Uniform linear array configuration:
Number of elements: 64
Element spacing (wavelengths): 0.25
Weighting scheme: exponential
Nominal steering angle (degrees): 60
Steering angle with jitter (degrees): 61.338
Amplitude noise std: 0.05
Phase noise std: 0.05

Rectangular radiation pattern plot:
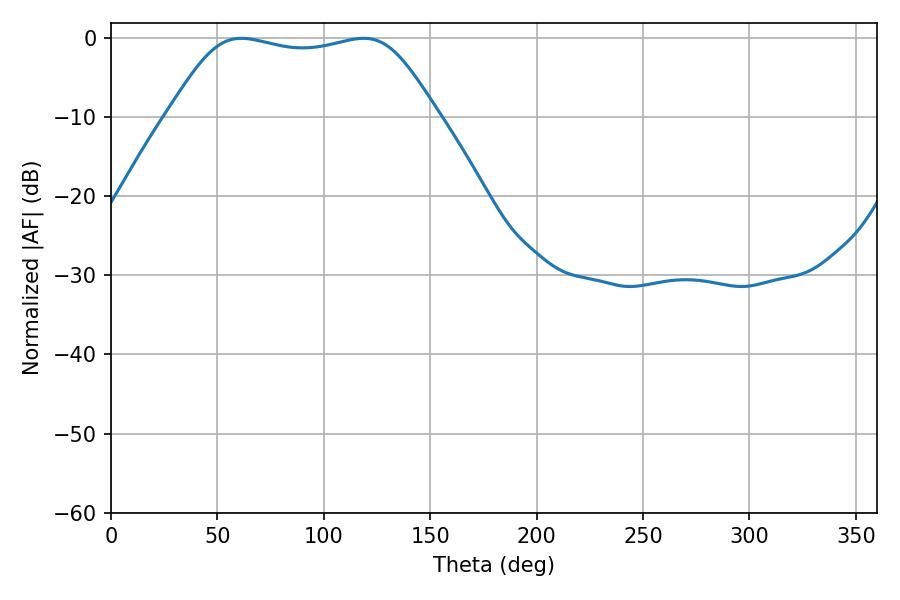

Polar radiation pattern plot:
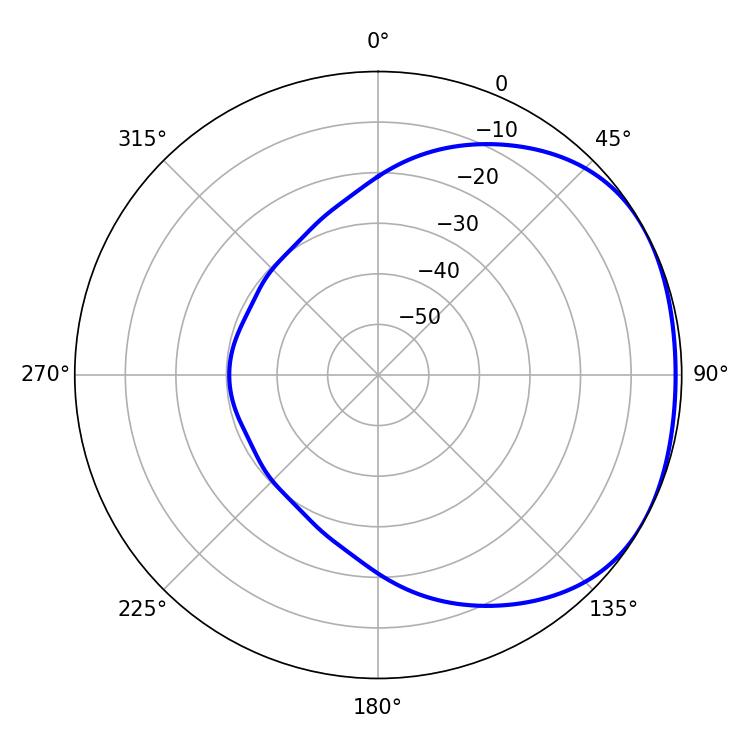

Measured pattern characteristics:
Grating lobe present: FALSE
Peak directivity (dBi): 1.675
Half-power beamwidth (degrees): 95.4
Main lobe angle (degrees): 61.2